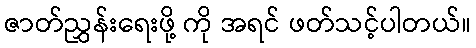
ဇာတ်ညွှန်းရေးဖို့ ကို အရင် ဖတ်သင့်ပါတယ်။